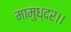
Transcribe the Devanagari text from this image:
मामुध्दर।।